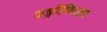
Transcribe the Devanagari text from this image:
एड्रोफिएड